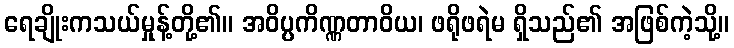
ရေချိုးကသယ်မှုန့်တို့၏။ အဝိပ္ပကိဏ္ဏတာဝိယ၊ ဖရိုဖရဲမ ရှိသည်၏ အဖြစ်ကဲ့သို့။